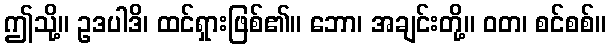
ဤသို့။ ဥဒပါဒိ၊ ထင်ရှားဖြစ်၏။ ဘော၊ အချင်းတို့။ ဝတ၊ စင်စစ်။